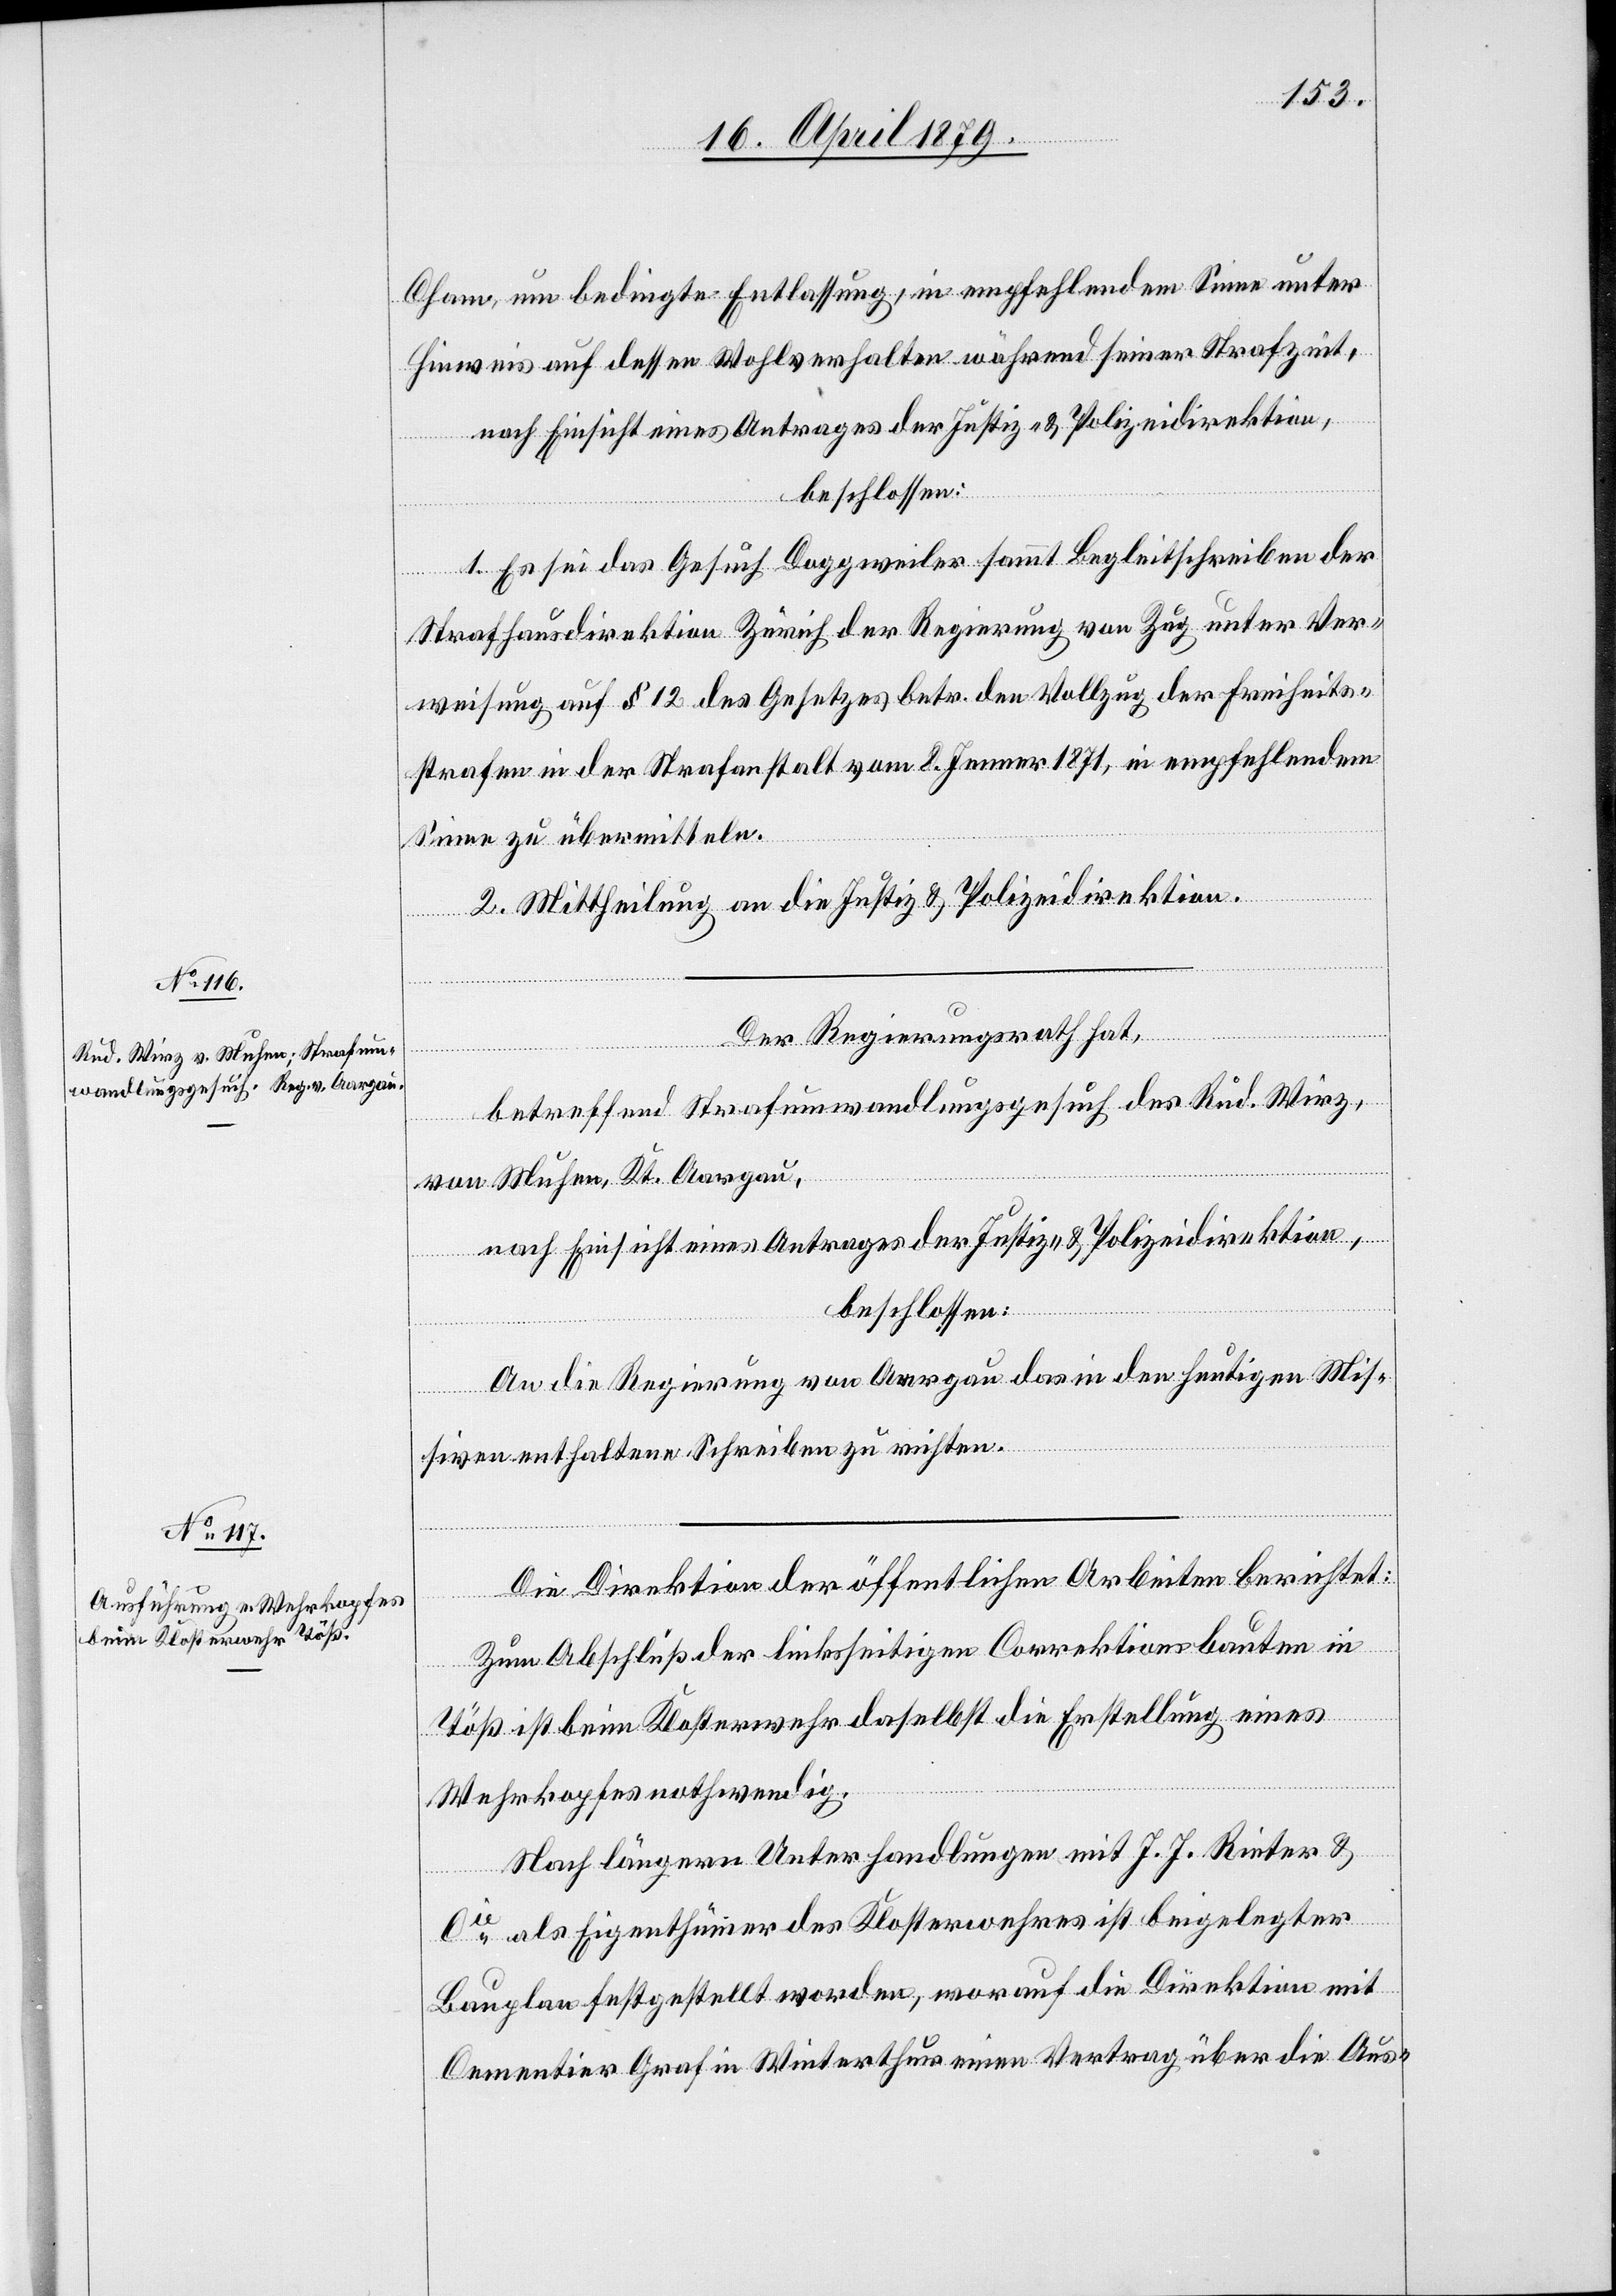
Cham, um bedingte Entlassung, in empfehlendem Sinne unter
Hinweis auf dessen Wohlverhalten während seiner Strafzeit,
nach Einsicht eines Antrages der Justiz- & Polizeidirektion,
beschlossen:
1. Es sei das Gesuch Doggweiler sammt Begleitschreiben der
Strafhausdirektion Zürich der Regierung von Zug unter Ver¬
weisung auf § 12 des Gesetzes betr. den Vollzug der Freiheits¬
strafen in der Strafanstalt vom 8. Jenner 1871, in empfehlendem
Sinne zu übermitteln.
2. Mittheilung an die Justiz- & Polizeidirektion.
Der Regierungsrath hat,
betreffend Strafumwandlungsgesuch des Rud. Wirz,
von Muhen, Kt. Aargau,
nach Einsicht eines Antrages der Justiz- & Polizeidirektion,
beschlossen:
An die Regierung von Aargau das in den heutigen Mis¬
siven enthaltene Schreiben zu richten.
Die Direktion der öffentlichen Arbeiten berichtet:
Zum Abschluß der linksseitigen Correktionsbauten in
Töß ist beim Klosterwehr daselbst die Erstellung eines
Wehrkopfes nothwendig.
Nach längern Unterhandlungen mit J. J. Rieter &
Cie als Eigenthümer des Klosterwehres ist beigelegter
Bauplan festgestellt worden, worauf die Direktion mit
Cementier Graf in Winterthur einen Vertrag über die Aus-